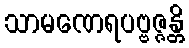
သာမဏေရပဗ္ဗဇ္ဇန္တိ